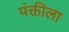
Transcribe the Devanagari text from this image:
पंक्तीला